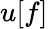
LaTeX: u[f]